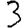
Digit: 3